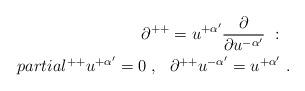
LaTeX: \begin{align*}\partial^{++}= u^{+\alpha'}{\partial\over\partial u^{-\alpha'}} \ : \ \ \\partial^{++}u^{+\alpha'} =0\ ,\ \ \partial^{++} u^{-\alpha'} = u^{+\alpha'}\ .\end{align*}